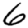
Digit: 6